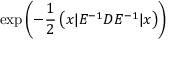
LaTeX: \exp \left( { - \frac { 1 } { 2 } \left( x | E ^ { - 1 } D E ^ { - 1 } | x \right) } \right) \,